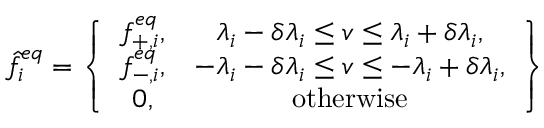
\hat { f } _ { i } ^ { e q } = \left\{ \begin{array} { c c } { f _ { + , i } ^ { e q } , } & { \lambda _ { i } - \delta \lambda _ { i } \leq v \leq \lambda _ { i } + \delta \lambda _ { i } , } \\ { f _ { - , i } ^ { e q } , } & { - \lambda _ { i } - \delta \lambda _ { i } \leq v \leq - \lambda _ { i } + \delta \lambda _ { i } , } \\ { 0 , } & { \mathrm { o t h e r w i s e } } \end{array} \right\}